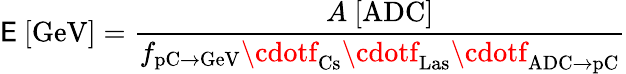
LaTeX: \mathsf{E}\ [\mathrm{{GeV}}]=\frac{{A\ [\mathrm{{ADC}}]}}{{f_{\mathrm{{pC}}\to\mathrm{{GeV}}}\cdotf_{\mathrm{{Cs}}}\cdotf_{\mathrm{{Las}}}\cdotf_{\mathrm{{ADC}}\to\mathrm{{pC}}}}}